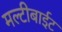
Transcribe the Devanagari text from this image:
मल्टीबाईट